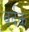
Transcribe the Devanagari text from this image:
वर्दक